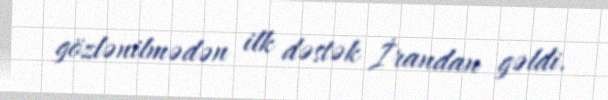
gözlənilmədən ilk dəstək İrandan gəldi.